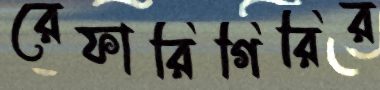
রেফারিগিরির